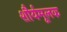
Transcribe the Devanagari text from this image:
शौर्यमूलक